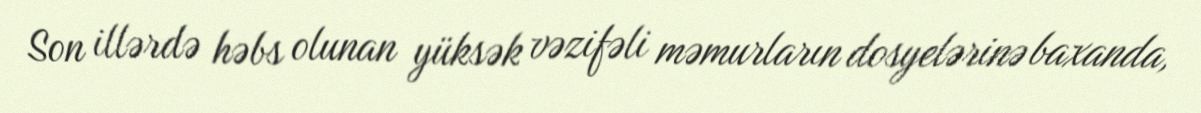
Son illərdə həbs olunan yüksək vəzifəli məmurların dosyelərinə baxanda,